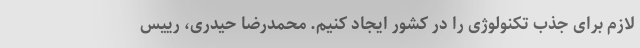
لازم برای جذب تکنولوژی را در کشور ایجاد کنیم. محمدرضا حیدری، رییس